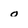
Character: o